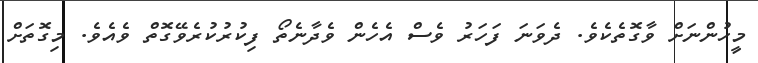
މީހުންނަށް ވާގޮތެކެވެ. ދެވަނަ ފަހަރު ވެސް އެހެން ވެދާނެތޯ ފިކުރުކުރެވޭގޮތް ވެއެވެ. މިގޮތަށް